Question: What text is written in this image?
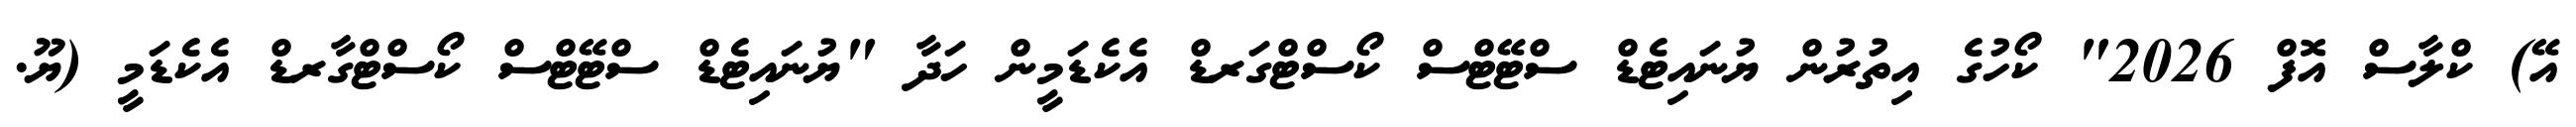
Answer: އޭ) ކްލާސް އޮފް 2026" ކޯހުގެ އިތުރުން ޔުނައިޓެޑް ސްޓޭޓްސް ކޯސްޓްގަރޑް އެކެޑަމީން ހަދާ "ޔުނައިޓެޑް ސްޓޭޓްސް ކޯސްޓްގާރޑް އެކެޑަމީ (ޔޫ.